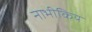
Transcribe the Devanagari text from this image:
नाभीकिय